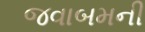
જવાબમની